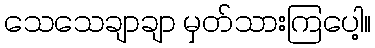
သေသေချာချာ မှတ်သားကြပေါ့။